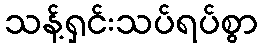
သန့်ရှင်းသပ်ရပ်စွာ